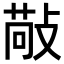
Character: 𢾠